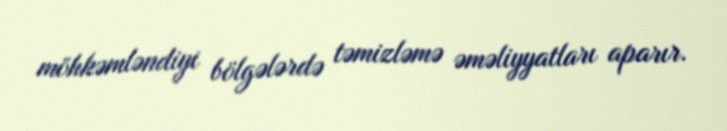
möhkəmləndiyi bölgələrdə təmizləmə əməliyyatları aparır.